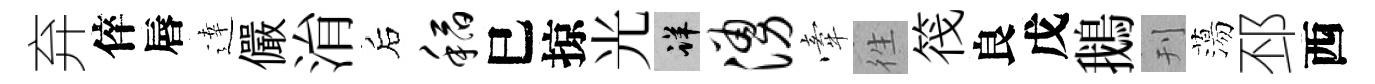
弃倅唇逹儼㳙后稻巳掠光详涌牽徃筏良戊鵝刊蕩邳西